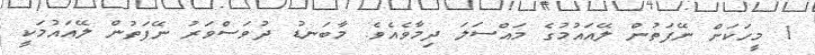
1 މީހަކަށް ނޭފަތުން ލޭއައުމުގެ މައްސަލަ ދިމާވެއެވެ. މާބަނޑު ދުވަސްވަރު ނޭފަތުން ލޭއައުމަކީ